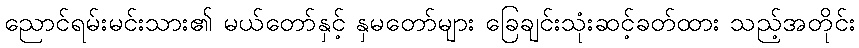
ညောင်ရမ်းမင်းသား၏ မယ်တော်နှင့် နှမတော်များ ခြေချင်းသုံးဆင့်ခတ်ထား သည့်အတိုင်း